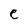
Character: e